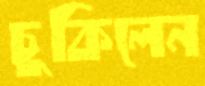
চুকিলেন